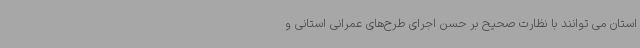
استان می توانند با نظارت صحیح بر حسن اجرای طرح‌های عمرانی استانی و